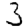
Digit: 3